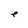
Character: e